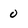
Character: 0